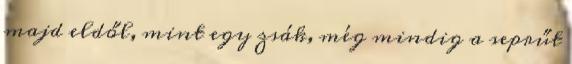
majd eldől, mint egy zsák, még mindig a seprűt